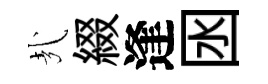
㢤綴逢囦